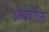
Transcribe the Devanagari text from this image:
अर्थशक्ति